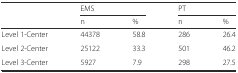
|  | <COLSPAN=2> EMS | <COLSPAN=2> PT |
 |  | n | % | n | % |
 | --- | --- | --- | --- | --- |
 | Level 1-Center | 44378 | 58.8 | 286 | 26.4 |
 | Level 2-Center | 25122 | 33.3 | 501 | 46.2 |
 | Level 3-Center | 5927 | 7.9 | 298 | 27.5 |